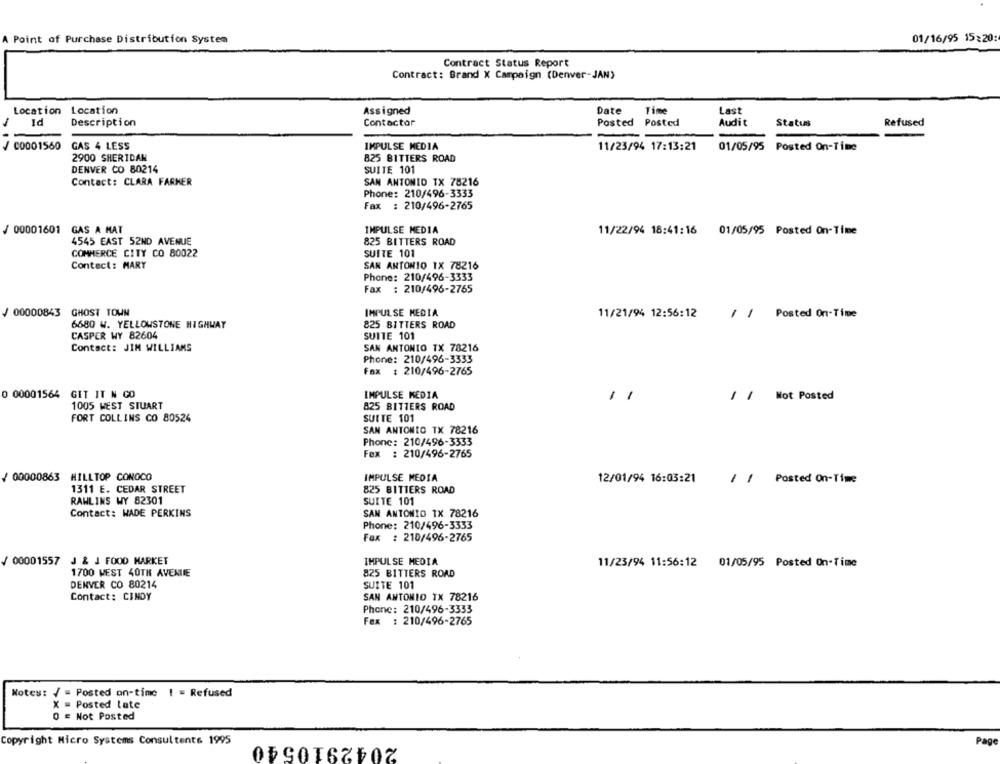
01/16/95 15:20:
A Point of Purchase Distribution System
Contract Status Report
Contract: Brand X Campaign (Denver-JAN)
Location
Location
Assigned
Date
Time
Last
-
Id
Description
Contactor
Posted
Posted
Audit
Status
Refused
GAS 4 LESS
IMPULSE MEDIA
/ C0001560
11/23/94 17:13:21
01/05/95 Posted On-Time
2900 SHERIDAN
825 BITTERS ROAD
DENVER CO 80214
SUITE 101
Contact: CLARA FARMER
SAN ANTONIO TX 78216
Phone: 210/496-3333
Fax : 210/496-2765
/00001601 GAS A MAT
IMPULSE MEDIA
11/22/94 18:41:16 01/05/95 Posted On-Time
4545 EAST 52ND AVENUE
825 BITTERS ROAD
COMMERCE CITY CO 80022
SUITE 101
Contect: MARY
SAN ANTONIO TX 78216
Phone: 210/496-3333
Fax : 210/496-2765
/ 00000843 GHOST TOWN
IMPULSE MEDIA
/ / Posted On-Time
11/21/94 12:56:12
6680 W. YELLOWSTONE HIGHWAY
825 BITTERS ROAD
CASPER WY 82604
SUITE 101
Contact: JIM WILLIAMS
SAN ANTONIO TX 78216
Phone: 210/496-3333
Fax : 210/496-2765
0 00001564 GET IT N CO
IMPULSE MEDIA
11
/ / Not Posted
1005 WEST STUART
825 BITTERS ROAD
FORT COLLINS CO 80524
SUITE 101
SAN ANTONIO TX 78216
Phone: 210/496-3333
Fax : 210/496-2765
/ 00000863 HILLTOP CONOCO
IMPULSE MEDIA
12/01/94 16:03:21
/ / Posted On-Time
1311 E. CEDAR STREET
825 BITTERS ROAD
RAWLINS WY 82301
SUITE 101
Contact: WADE PERKINS
SAN ANTONIO TX 78216
Phone: 210/496-3333
Fax : 210/496-2765
/ 00001557 J & J FOOD MARKET
IMPULSE MEDIA
11/23/94 11:56:12 01/05/95 Posted On-Time
1700 WEST 40TH AVENUE
825 BITTERS ROAD
DENVER CO 80214
SUITE 101
Contact: CINDY
SAN ANTONIO TX 78216
Phone: 210/496-3333
Fax : 210/496-2765
Notes: / = Posted on-time ! = Refused
X = Posted late
0 £ Not Posted
Copyright Micro Systems Consultent& 1995
2042910540
Page